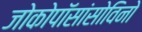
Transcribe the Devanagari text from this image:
जोकोपॉसांसोविनो